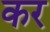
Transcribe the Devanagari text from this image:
कर